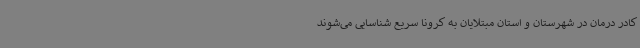
کادر درمان در شهرستان و استان مبتلایان به کرونا سریع شناسایی می‌شوند